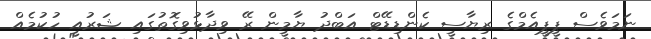
ނަމަވެސް ޕީޕީއެމްގެ ރިޔާސީ ކެންޑިޑޭޓް އަބްދު ޔާމީން ރޭ ވިދާޅުވިގޮތުގައި ޝަރުއީ ހުކުމެއް